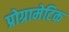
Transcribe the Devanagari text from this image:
प्रोग्रामेटिक